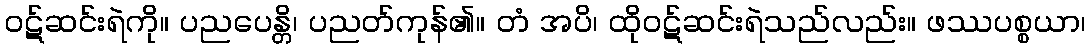
ဝဋ်ဆင်းရဲကို။ ပညပေန္တိ၊ ပညတ်ကုန်၏။ တံ အပိ၊ ထိုဝဋ်ဆင်းရဲသည်လည်း။ ဖဿပစ္စယာ၊